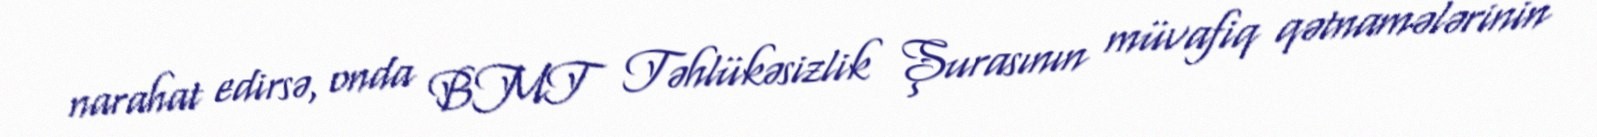
narahat edirsə, onda BMT Təhlükəsizlik Şurasının müvafiq qətnamələrinin